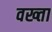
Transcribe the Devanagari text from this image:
वख्‍ता